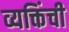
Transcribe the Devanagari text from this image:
व्यक्तिंची